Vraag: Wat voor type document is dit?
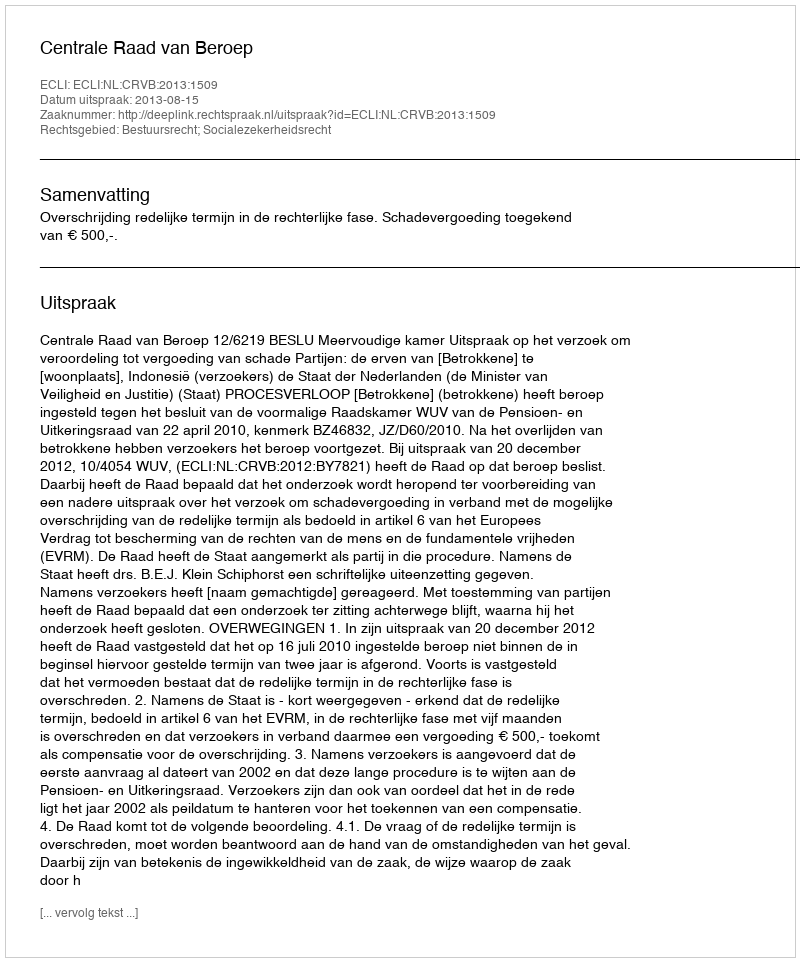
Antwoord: Uitspraak